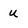
Character: u